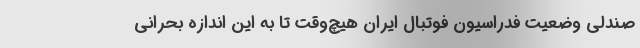
صندلی وضعیت فدراسیون فوتبال ایران هیچ‌وقت تا به این اندازه بحرانی